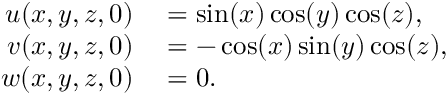
\begin{array} { r l } { u ( x , y , z , 0 ) } & { { } = \sin ( x ) \cos ( y ) \cos ( z ) , } \\ { v ( x , y , z , 0 ) } & { { } = - \cos ( x ) \sin ( y ) \cos ( z ) , } \\ { w ( x , y , z , 0 ) } & { { } = 0 . } \end{array}